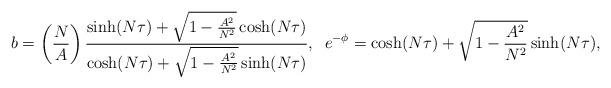
LaTeX: \begin{align*}b=\left(\frac{N}{A}\right)\frac{\sinh(N\tau) +\sqrt{1-\frac{A^2}{N^2}}\cosh(N\tau)}{\cosh(N\tau) +\sqrt{1-\frac{A^2}{N^2}}\sinh(N\tau)},\;\;e^{-\phi}=\cosh(N\tau) +\sqrt{1-\frac{A^2}{N^2}}\sinh(N\tau), \end{align*}